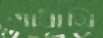
গাধামি